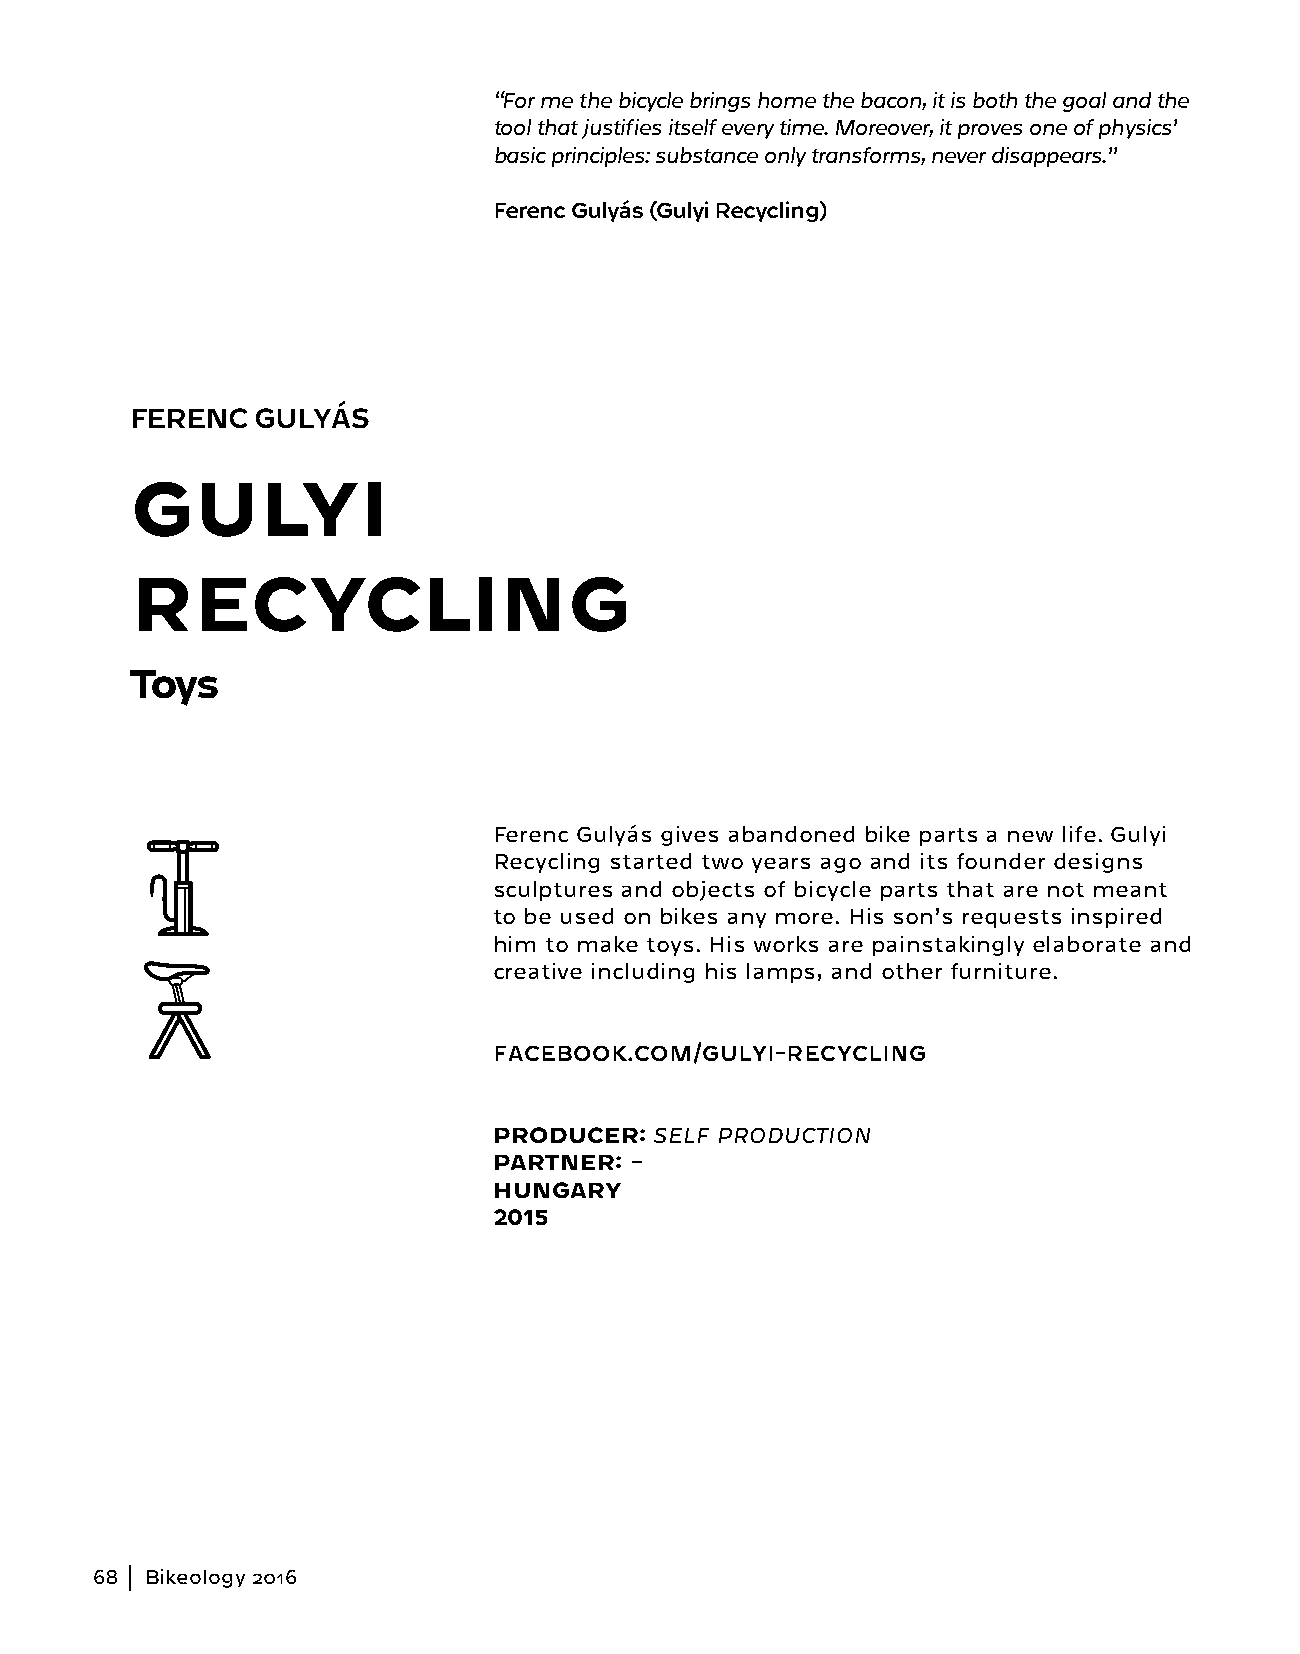
“For me the bicycle brings home the bacon, it is both the goal and the
 tool that justifies itself every time. Moreover, it proves one of physics’
 basic principles: substance only transforms, never disappears.”
 Ferenc Gulyás (Gulyi Recycling)
 FERENC  GULYÁS
 GULYI
 RECYCLING
 Toys
 Ferenc Gulyás gives abandoned bike parts a new life. Gulyi
 Recycling started two years ago and its founder designs
 sculptures and objects of bicycle parts that are not meant
 to be used on bikes any more. His son’s requests inspired
 him to make toys. His works are painstakingly elaborate and
 creative including his lamps, and other furniture.
 FACEBOOK.COM/GULYI-RECYCLING
 PRODUCER: SELF PRODUCTION
 PARTNER: –
 HUNGARY
 2015
 68  Bikeology 2016